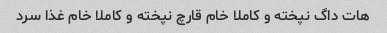
هات داگ نپخته و کاملا خام قارچ نپخته و کاملا خام غذا سرد